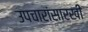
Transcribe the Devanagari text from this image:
उपचारांसारखी